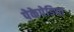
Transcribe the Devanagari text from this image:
पेकेपेडिया